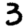
Digit: 3